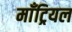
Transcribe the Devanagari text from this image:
माँट्रियल